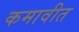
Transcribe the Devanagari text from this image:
कमावीत